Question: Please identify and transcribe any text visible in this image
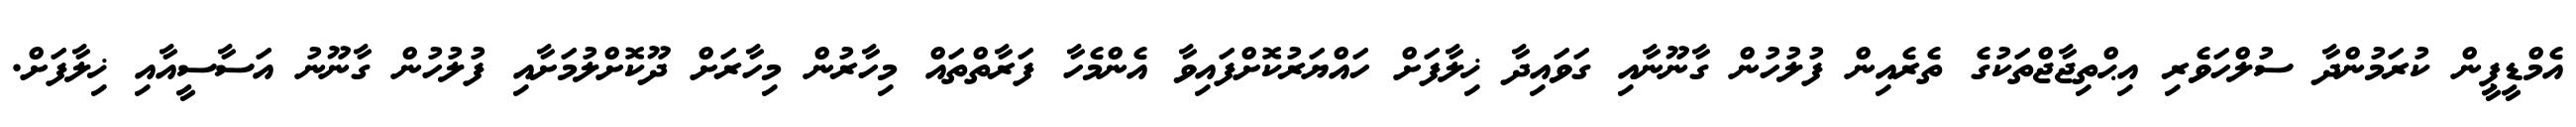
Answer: އެމްޑީޕީން ކުރަމުންދާ ސުލްހަވެރި އިޙްތިޖާޖްތަކުގެ ތެރެއިން ފުލުހުން ގާނޫނާއި ގަވައިދާ ޚިލާފަށް ހައްޔަރުކޮށްފައިވާ އެންމެހާ ފަރާތްތައް މިހާރުން މިހާރަށް ދޫކޮށްލުމަށާއި ފުލުހުން ގާނޫނު އަސާސީއާއި ޚިލާފަށް.